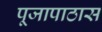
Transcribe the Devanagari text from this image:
पूजापाठास